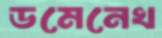
ডমেনেখ